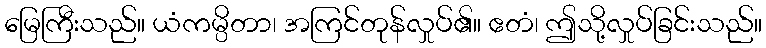
မြေကြီးသည်။ ယံကမ္ပိတာ၊ အကြင်တုန်လှုပ်၏။ ဧတံ၊ ဤသို့လှုပ်ခြင်းသည်။